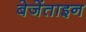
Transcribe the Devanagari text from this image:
बेजेंताइन